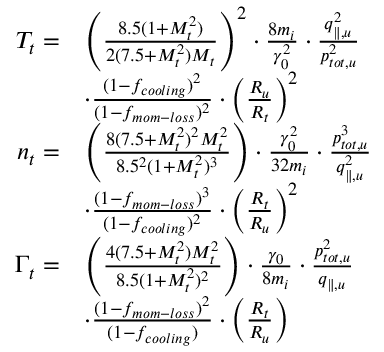
\begin{array} { r l } { T _ { t } = } & { \left( \frac { 8 . 5 ( 1 + M _ { t } ^ { 2 } ) } { 2 ( 7 . 5 + M _ { t } ^ { 2 } ) M _ { t } } \right) ^ { 2 } \cdot \frac { 8 m _ { i } } { \gamma _ { 0 } ^ { 2 } } \cdot \frac { q _ { \parallel , u } ^ { 2 } } { p _ { t o t , u } ^ { 2 } } } \\ & { \cdot \frac { ( 1 - f _ { c o o l i n g } ) ^ { 2 } } { ( 1 - f _ { m o m - l o s s } ) ^ { 2 } } \cdot \left( \frac { R _ { u } } { R _ { t } } \right) ^ { 2 } } \\ { n _ { t } = } & { \left( \frac { 8 ( 7 . 5 + M _ { t } ^ { 2 } ) ^ { 2 } M _ { t } ^ { 2 } } { 8 . 5 ^ { 2 } ( 1 + M _ { t } ^ { 2 } ) ^ { 3 } } \right) \cdot \frac { \gamma _ { 0 } ^ { 2 } } { 3 2 m _ { i } } \cdot \frac { p _ { t o t , u } ^ { 3 } } { q _ { \parallel , u } ^ { 2 } } } \\ & { \cdot \frac { ( 1 - f _ { m o m - l o s s } ) ^ { 3 } } { ( 1 - f _ { c o o l i n g } ) ^ { 2 } } \cdot \left( \frac { R _ { t } } { R _ { u } } \right) ^ { 2 } } \\ { \Gamma _ { t } = } & { \left( \frac { 4 ( 7 . 5 + M _ { t } ^ { 2 } ) M _ { t } ^ { 2 } } { 8 . 5 ( 1 + M _ { t } ^ { 2 } ) ^ { 2 } } \right) \cdot \frac { \gamma _ { 0 } } { 8 m _ { i } } \cdot \frac { p _ { t o t , u } ^ { 2 } } { q _ { \parallel , u } } } \\ & { \cdot \frac { ( 1 - f _ { m o m - l o s s } ) ^ { 2 } } { ( 1 - f _ { c o o l i n g } ) } \cdot \left( \frac { R _ { t } } { R _ { u } } \right) } \end{array}